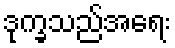
ဒုက္ခသည်အရေး